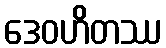
ဒေဝဟိတဿ